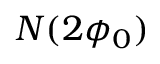
N ( 2 \phi _ { 0 } )